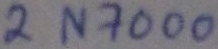
Text: 2N7000